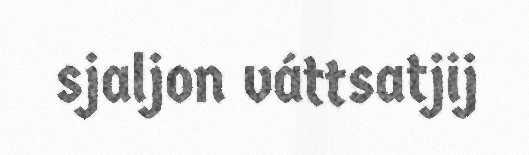
sjaljon váttsatjij